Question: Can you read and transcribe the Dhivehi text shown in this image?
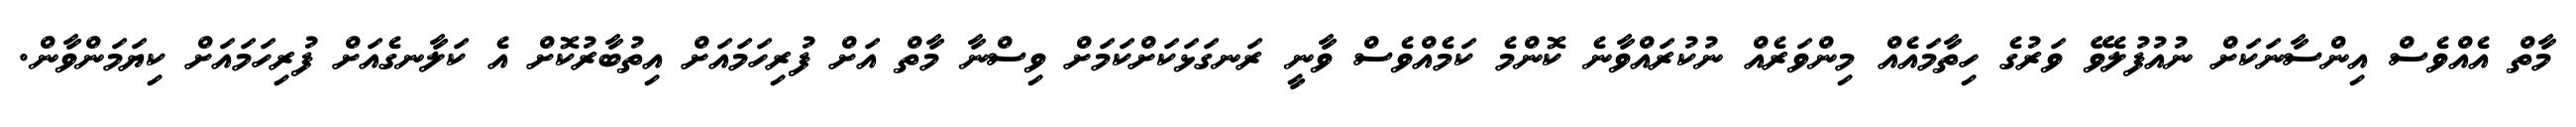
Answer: މާތް އެއްވެސް އިންސާނަކަށް ނުއުފުލެވޭ ވަރުގެ ހިތާމައެއް މިންވަރެއް ނުކުރައްވާނެ ކޮންމެ ކަމެއްވެސް ވާނީ ރަނގަޅަކަށްކަމަށް ވިސްނާ މާތް އަށް ފުރިހަމައަށް އިތުބާރުކޮށް އެ ކަލާނގެއަށް ފުރިހަމައަށް ކިޔަމަންވާން.